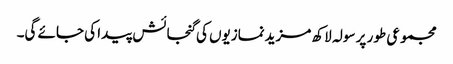
مجموعی طور پر سولہ لاکھ مزیدنمازیوں کی گنجائش پیدا کی جائے گی۔